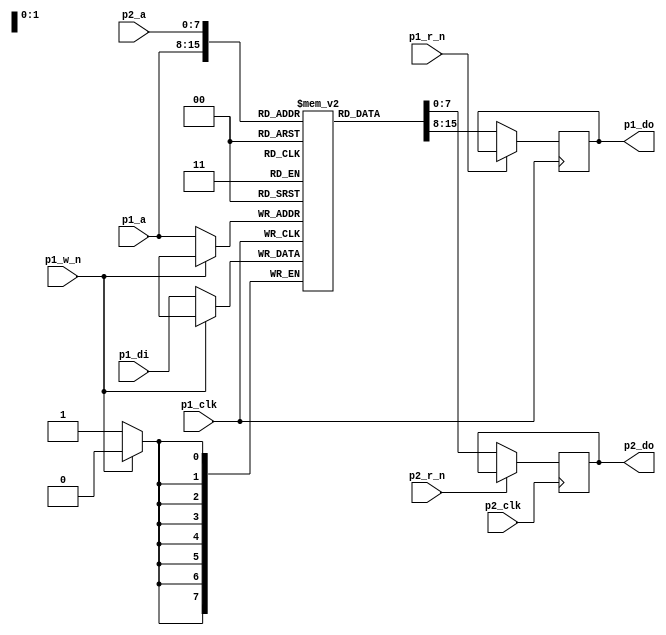

module ram_coloram(input        p1_clk,
		   input [7:0] 	p1_a,
		   input [7:0] 	p1_di,
		   output [7:0] p1_do,
		   input 	p1_r_n,
		   input 	p1_w_n,

		   input 	p2_clk,
		   input [7:0] 	p2_a,
		   input 	p2_r_n,
		   output [7:0] p2_do);
   

   reg [7:0] ram[0:255];
   reg [7:0] d1, d2;
   
`ifdef debug
   integer    j;
   
   initial
     begin
	for (j = 0; j < 256; j = j + 1)
	  ram[j] = 0;
     end
`endif

   always @(posedge p1_clk)
     if (~p1_r_n)
       d1 <= ram[p1_a];

   assign p1_do = d1;
   
   always @(posedge p1_clk)
     if (~p1_w_n)
       ram[p1_a] <= p1_di;

   always @(posedge p2_clk)
     if (~p2_r_n)
       d2 <= ram[p2_a];

   assign p2_do = d2;
   
endmodule